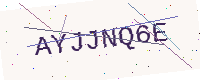
Text: AYJJNQ6E